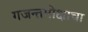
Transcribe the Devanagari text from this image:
गजन्तमोक्षाचा